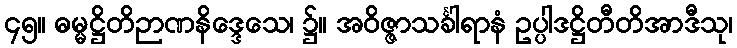
၄၅။ ဓမ္မဋ္ဌိတိဉာဏနိဒ္ဒေသေ၊ ၌။ အဝိဇ္ဇာသင်္ခါရာနံ ဥပ္ပါဒဋ္ဌိတီတိအာဒီသု၊